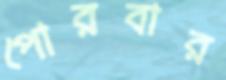
পোরবার